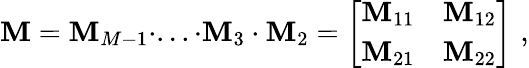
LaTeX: \texttt{\textbf{M}}=\texttt{\textbf{M}}_{M-1}\cdot...\cdot\texttt{\textbf{M}}_{3}\cdot\texttt{\textbf{M}}_{2}=\left[\begin{array}{cc}{\texttt{\textbf{M}}_{11}}&{\texttt{\textbf{M}}_{12}}\\ {\texttt{\textbf{M}}_{21}}&{\texttt{\textbf{M}}_{22}}\end{array}\right]\, \, ,